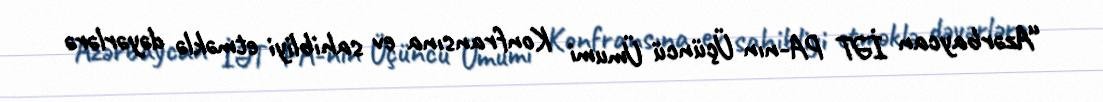
“Azərbaycan İƏT PA-nın Üçüncü Ümumi Konfransına ev sahibliyi etməklə dəyərlərə